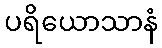
ပရိယောသာနံ